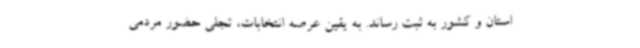
استان و کشور به ثبت رساند. به یقین عرصه انتخابات، تجلی حضور مردمی